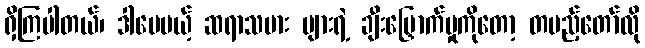
ရှိကြပါတယ်၊ ဒါပေမယ့် ဆရာသမား များရဲ့ ချီးမြှောက်မှုကိုတော့ တပည့်တော်လို